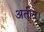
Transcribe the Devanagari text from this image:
अतीत।